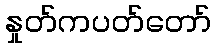
နှုတ်ကပတ်တော်